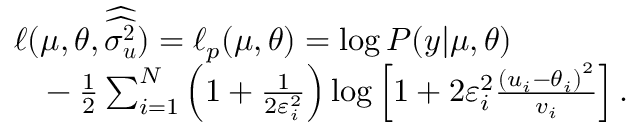
\begin{array} { r l } & { \ell ( \boldsymbol { \mu } , \boldsymbol { \theta } , \boldsymbol { \widehat { \widehat { \sigma _ { u } ^ { 2 } } } } ) = \ell _ { p } ( \boldsymbol { \mu } , \boldsymbol { \theta } ) = \log { P ( \boldsymbol { y } | \boldsymbol { \mu } , \boldsymbol { \theta } ) } } \\ & { \phantom { { = } } - \frac { 1 } { 2 } \sum _ { i = 1 } ^ { N } \left( 1 + \frac { 1 } { 2 \varepsilon _ { i } ^ { 2 } } \right) \log { \left[ 1 + 2 \varepsilon _ { i } ^ { 2 } \frac { \left( u _ { i } - \theta _ { i } \right) ^ { 2 } } { v _ { i } } \right] } \, . } \end{array}